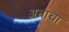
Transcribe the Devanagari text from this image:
अनाचा